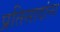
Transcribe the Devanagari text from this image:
प्रतिसादांना